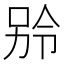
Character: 𪡎